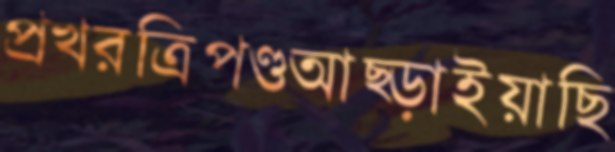
প্রখরত্রিপণ্ডআছ্‌ড়াইয়াছি